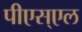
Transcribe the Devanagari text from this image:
पीएस्एल